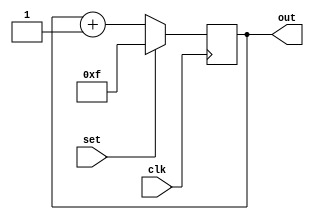
module four_Bit_counter_Beh (clk, set, out);
	input  clk, set;
	output reg [3:0] out;

	always @(posedge clk) begin
		if(set)
			out <= ~0;
		else begin
			out <= out + 1;
		end
	end

endmodule